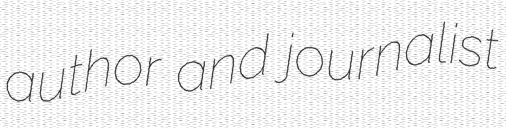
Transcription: author and journalist